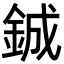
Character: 鋮